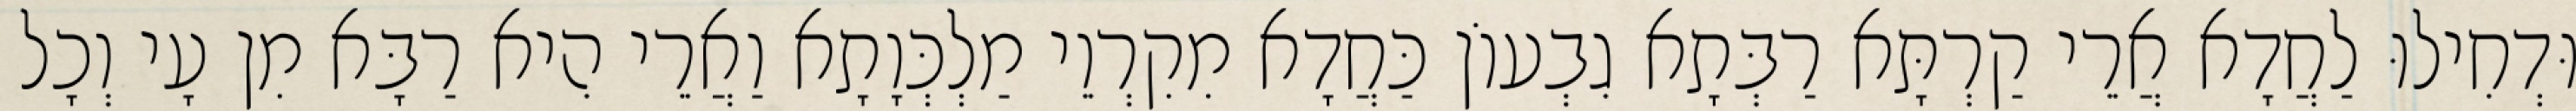
וּדְחִילוּ לַחֲדָא אֲרֵי קַרְתָּא רַבְּתָא גִבְעוֹן כַּחֲדָא מִקִרְוֵי מַלְכְּוָתָא וַאֲרֵי הִיא רַבָּא מִן עָי וְכָל